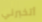
أتخبرني